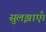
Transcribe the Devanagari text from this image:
सुलझाएँ।